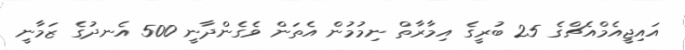
އައިޖީއެމްއެޗްގެ 25 ބުރީގެ އިމާރާތް ނިމުމުން އެތަން ވެގެންދާނީ 500 އެނދުގެ ޒަމާނީ